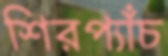
শিরপ্যাঁচ